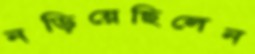
নড়িয়েছিলেন